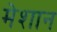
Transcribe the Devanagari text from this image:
मेशान